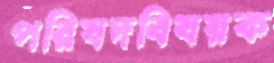
পরিষদবিষয়ক